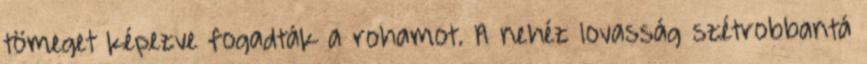
tömeget képezve fogadták a rohamot. A nehéz lovasság szétrobbantá